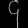
Digit: ၄